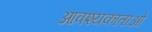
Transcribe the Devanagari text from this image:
आवश्यकाताओं